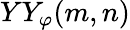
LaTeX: YY_{\varphi}(m,n)